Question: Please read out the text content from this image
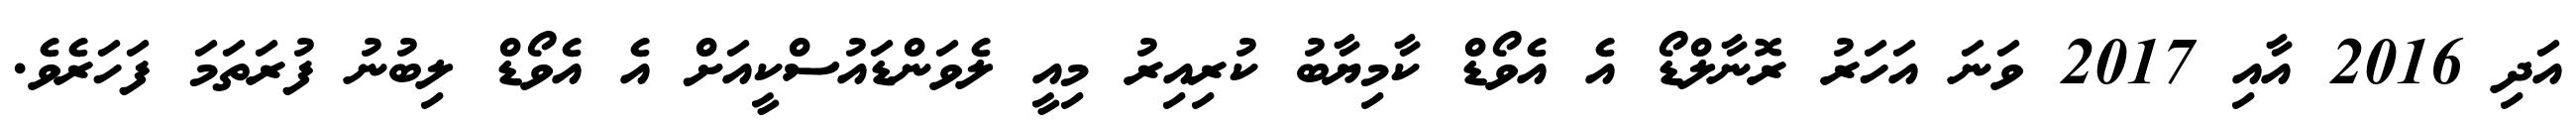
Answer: އަދި 2016 އާއި 2017 ވަނަ އަހަރު ރޮނާލްޑޯ އެ އެވޯޑް ކާމިޔާބު ކުރިއިރު މިއީ ލެވަންޑައުސްކީއަށް އެ އެވޯޑް ލިބުނު ފުރަތަމަ ފަހަރެވެ.